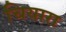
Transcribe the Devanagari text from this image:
चियारा